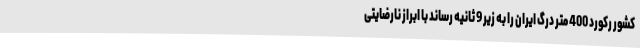
کشور رکورد 400 متر درگ ایران را به زیر 9 ثانیه رساند با ابراز نارضایتی